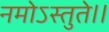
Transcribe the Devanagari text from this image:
नमोऽस्तुते।।